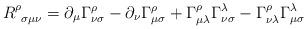
LaTeX: \begin{align*}R^{\rho}_{\phantom{1}\sigma\mu\nu}=\partial_{\mu}\Gamma^{\rho}_{\nu\sigma}-\partial_{\nu}\Gamma^{\rho}_{\mu\sigma}+\Gamma^{\rho}_{\mu\lambda}\Gamma^{\lambda}_{\nu\sigma}-\Gamma^{\rho}_{\nu\lambda}\Gamma^{\lambda}_{\mu\sigma} \end{align*}